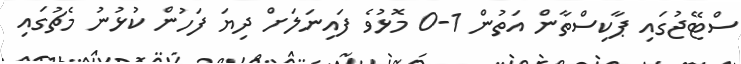
ސްޓޭޖުގައި ޕާކިސްތާން އަތުން 1-0 މޮޅުވެ ފައިނަލަށް ދިޔަ ފަހުން ކުޅުނު މެޗުގައި